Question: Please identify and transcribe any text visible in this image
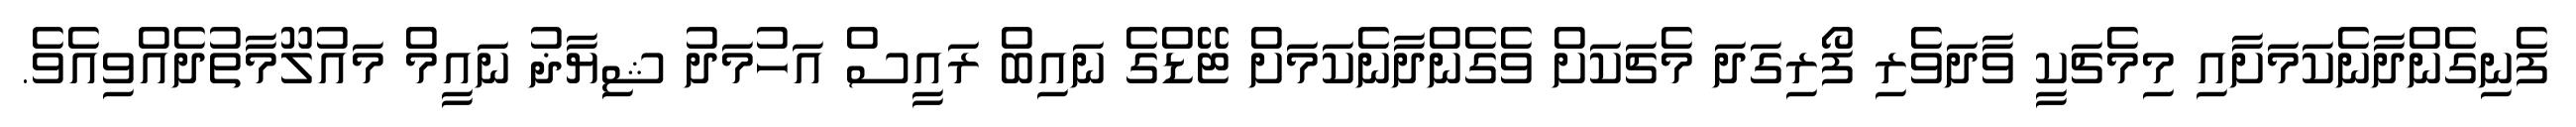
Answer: ފެނިގެންދާނެކަމަށާއި މިމެޗަކީ ވާދަވެރި ފޯރިގަދަ މެޗަކަށް ވެގެންދާނެކަމަށް ޓޭޑްގެ ނައިބް ރައީސް އަހުމަދު ޝިޔާޛު ނައީމް މައުލޫމާތުދެއްވިއެވެ.